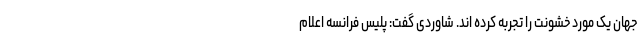
جهان یک مورد خشونت را تجربه کرده اند. شاوردی گفت: پلیس فرانسه اعلام